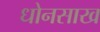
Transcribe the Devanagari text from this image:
धोनसाख